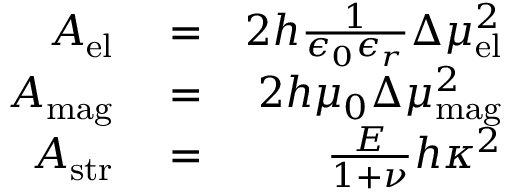
\begin{array} { r l r } { A _ { \mathrm { e l } } } & { { } = } & { 2 h \frac { 1 } { \epsilon _ { 0 } \epsilon _ { r } } \Delta \mu _ { \mathrm { e l } } ^ { 2 } } \\ { A _ { \mathrm { m a g } } } & { { } = } & { 2 h \mu _ { 0 } \Delta \mu _ { \mathrm { m a g } } ^ { 2 } } \\ { A _ { \mathrm { s t r } } } & { { } = } & { \frac { E } { 1 + \nu } h \kappa ^ { 2 } } \end{array}